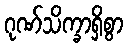
ဂုဏ်သိက္ခာရှိစွာ